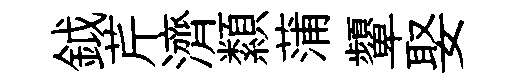
鉞芹濟纇蒲顰娶